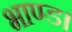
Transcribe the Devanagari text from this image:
भाण्ड।